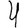
Digit: 4